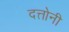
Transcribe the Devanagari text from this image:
दत्तोनी